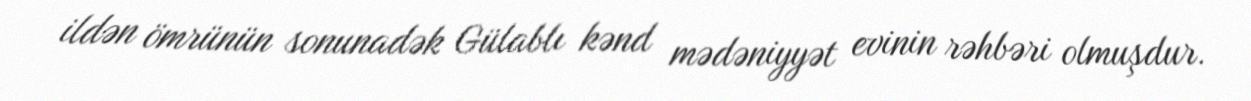
ildən ömrünün sonunadək Gülablı kənd mədəniyyət evinin rəhbəri olmuşdur.